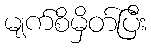
မျက်စိမှိတ်ပြီး